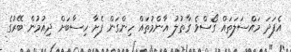
އެފަދަ މައްސަލަތައް ގޯސްވެ ގާތުލު އާންމުތައް ހިންގަން ފެށާ ހިސާބަށް ދިއުމުން ބޭރުގެ